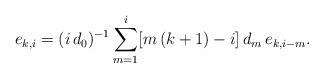
LaTeX: \begin{align*}e_{k,i}=(i\,d_0)^{-1}\sum_{m=1}^{i}[m\,(k+1)-i]\,d_m\,e_{k,i-m}.\end{align*}